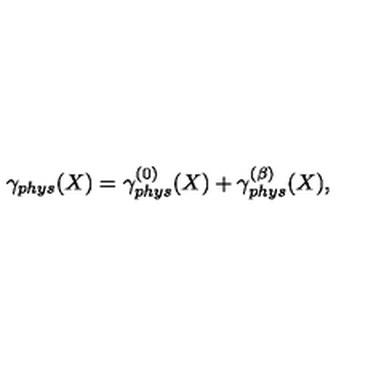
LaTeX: \gamma _ { p h y s } ( X ) = \gamma _ { p h y s } ^ { ( 0 ) } ( X ) + \gamma _ { p h y s } ^ { ( \beta ) } ( X ) ,